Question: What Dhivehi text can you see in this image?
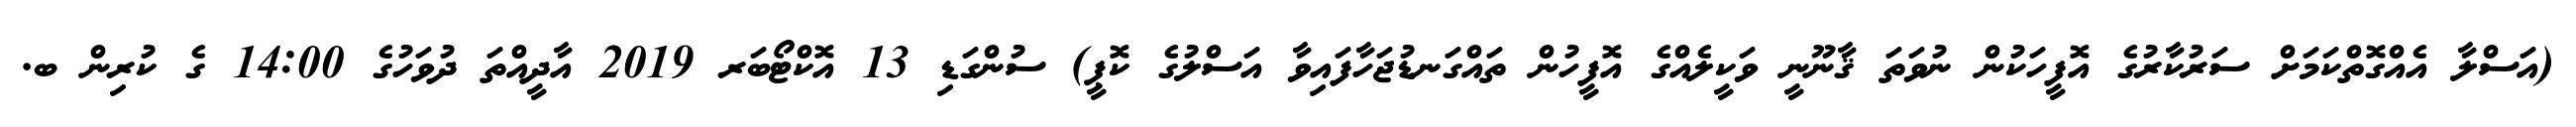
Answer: (އަސްލާ އެއްގޮތްކަމަށް ސަރުކާރުގެ އޮފީހަކުން ނުވަތަ ޤާނޫނީ ވަކީލެއްގެ އޮފީހުން ތައްގަނޑުޖަހާފައިވާ އަސްލުގެ ކޮޕީ) ސުންގަޑި 13 އޮކްޓޯބަރ 2019 އާދީއްތަ ދުވަހުގެ 14:00 ގެ ކުރިން ބ.